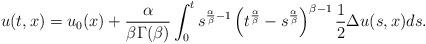
LaTeX: \begin{align*}u(t,x)=u_0(x)+\frac{\alpha}{\beta\Gamma(\beta)}\int_0^t s^{\frac{\alpha}{\beta}-1}\left(t^{\frac{\alpha}{\beta}}-s^{\frac{\alpha}{\beta}} \right)^{\beta-1}\frac12\Delta u(s,x)ds.\end{align*}